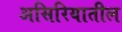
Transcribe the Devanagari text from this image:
असिरियातील